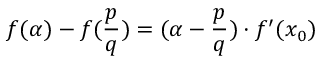
f ( \alpha ) - f ( { \frac { p } { q } } ) = ( \alpha - { \frac { p } { q } } ) \cdot f ^ { \prime } ( x _ { 0 } )